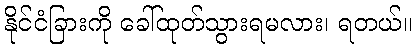
နိုင်ငံခြားကို ခေါ်ထုတ်သွားရမလား၊ ရတယ်။